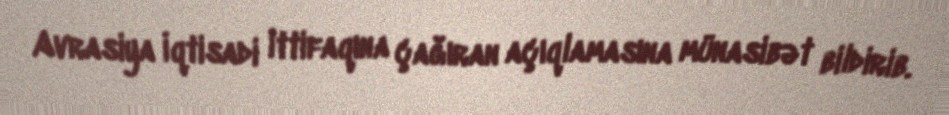
Avrasiya İqtisadi İttifaqına çağıran açıqlamasına münasibət bildirib.